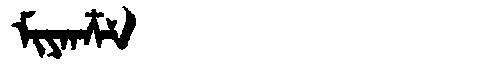
Manchu: ᠮᡳᠶᠠᠨᠴᠶ
Romanization: MIYANCY